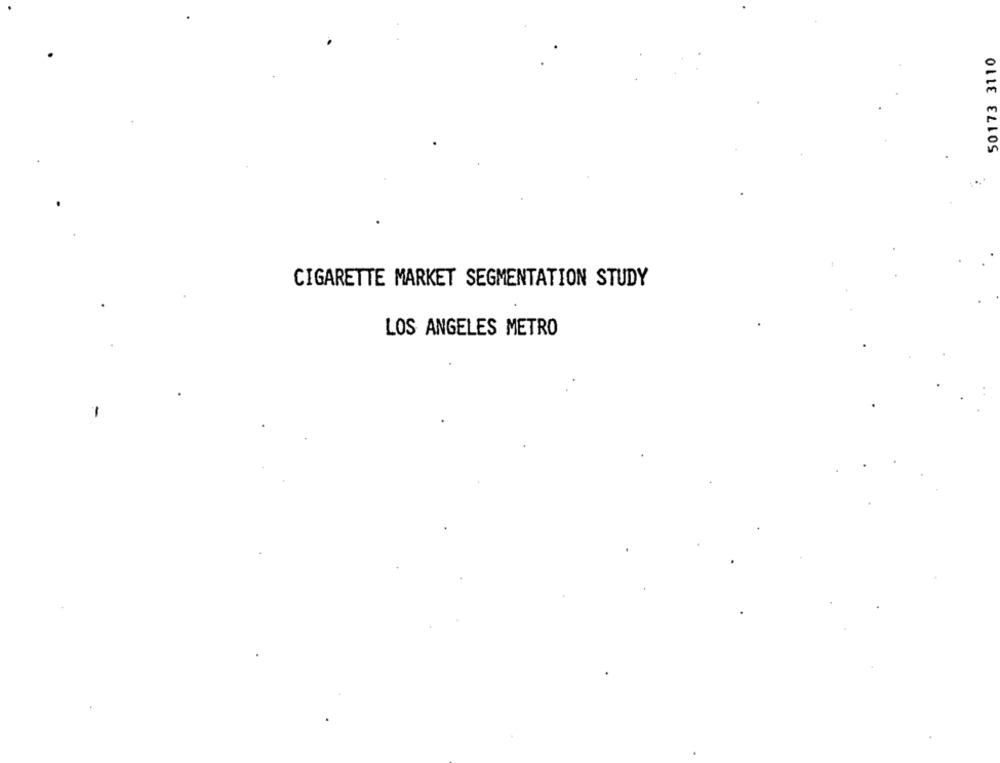
50173 3110
CIGARETTE MARKET SEGMENTATION STUDY
LOS ANGELES METRO